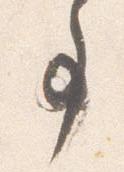
事